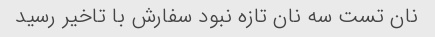
نان تست سه نان تازه نبود سفارش با تاخیر رسید